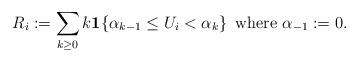
LaTeX: \begin{align*}R_{i}:=\sum_{k\ge0}k{\bf 1}\{\alpha_{k-1}\leq U_{i} <\alpha_{k}\}\,\,\,\textrm{where $\alpha_{-1}:=0$}.\end{align*}